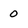
Character: 0